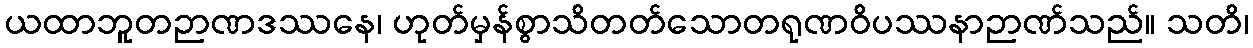
ယထာဘူတဉာဏဒဿနေ၊ ဟုတ်မှန်စွာသိတတ်သောတရုဏဝိပဿနာဉာဏ်သည်။ သတိ၊